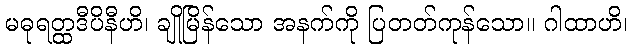
မဓုရတ္ထဒီပိနီဟိ၊ ချိုမြိန်သော အနက်ကို ပြတတ်ကုန်သော။ ဂါထာဟိ၊